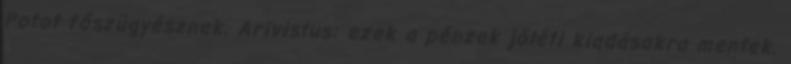
Potot főszügyésznek. Arivistus: ezek a pénzek jóléti kiadásokra mentek.